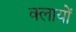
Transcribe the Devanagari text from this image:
क्लायों